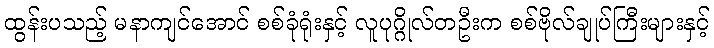
ထွန်းပသည့် မနာကျင်အောင် စစ်ခုံရုံးနှင့် လူပုဂ္ဂိုလ်တဦးက စစ်ဗိုလ်ချုပ်ကြီးများနှင့်